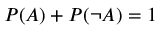
P ( A ) + P ( \neg A ) = 1